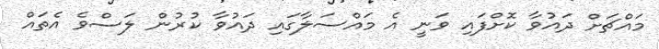
މައްޗަށް ދައުވާ ކޮށްފައި ވަނީ އެ މައްސަލާގައި ދައުވާ ކުރުން ލަސްވެ އެތައް